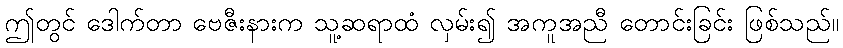
ဤတွင် ဒေါက်တာ ဗေဇီးနားက သူ့ဆရာထံ လှမ်း၍ အကူအညီ တောင်းခြင်း ဖြစ်သည်။